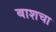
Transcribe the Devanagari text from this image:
बाशचा